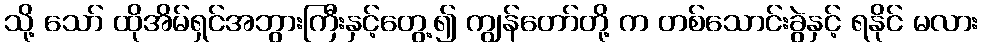
သို့ သော် ထိုအိမ်ရှင်အဘွားကြီးနှင့်တွေ့၍ ကျွန်တော်တို့ က တစ်သောင်းခွဲနှင့် ရနိုင် မလား